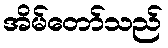
အိမ်တော်သည်